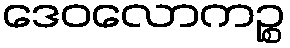
ဒေဝလောကဉ္စ